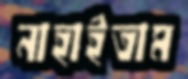
নাহাইতাম